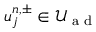
u _ { j } ^ { n , \pm } \in \mathcal { U } _ { \textrm { a d } }